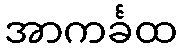
အာကင်္ခထ